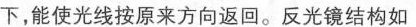
下，能使光线按原来方向返回。反光镜结构如